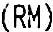
(RM)